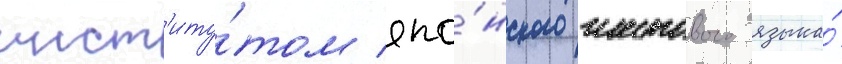
инст'иту́том япо́нского жестового языка́